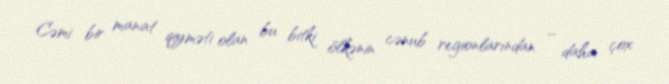
Cəmi bir manat qiyməti olan bu bitki ölkənin cənub regionlarından – daha çox